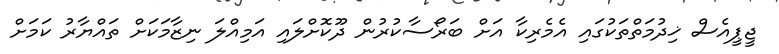
ޖީޕީއެސް ޚިދުމަތްތަކުގައި އެމެރިކާ އަށް ބަރޯސާކުރުން ދޫކޮށްލައި އަމިއްލަ ނިޒާމަކަށް ތައްޔާރު ކަމަށް